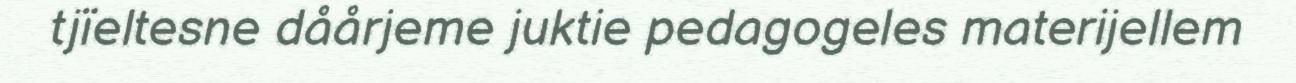
tjïeltesne dåårjeme juktie pedagogeles materijellem